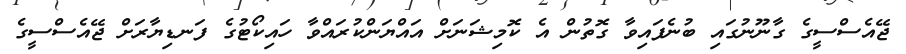
ޖޭއެސްސީގެ ގާނޫނުގައި ބުނެފައިވާ ގޮތުން އެ ކޮމިޝަނަށް އައްޔަންކުރައްވާ ހައިކޯޓުގެ ފަނޑިޔާރަށް ޖޭއެސްސީގެ